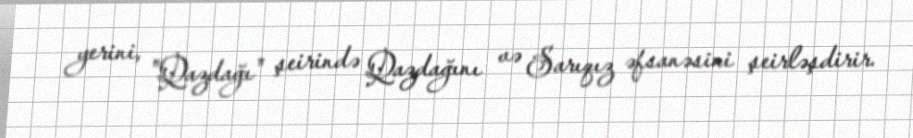
yerini, "Qazdağı" şeirində Qazdağını və Sarıqız əfsanəsini şeirləşdirir.